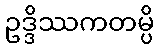
ဥဒ္ဒိဿကတမ္ပိ